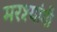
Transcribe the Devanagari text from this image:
मरश्यांगी